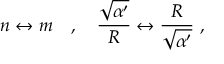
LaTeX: n \leftrightarrow m \ \ \ , \ \ \ \frac { \sqrt { \alpha ^ { \prime } } } { R } \leftrightarrow \frac { R } { \sqrt { \alpha ^ { \prime } } } \ ,